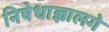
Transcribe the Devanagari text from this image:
निषेधाज्ञालगे